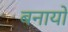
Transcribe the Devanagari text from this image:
बनायो